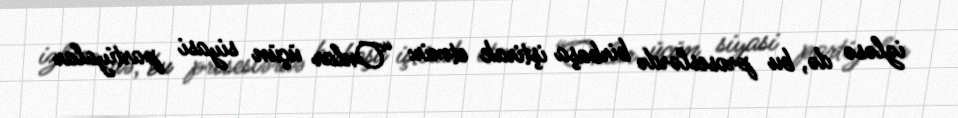
izləsə də, bu proseslərdə birbaşa iştirak etmir: “Onlar üçün siyasi partiyalar